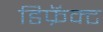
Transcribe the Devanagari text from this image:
डिफ्रॅक्ट